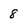
Character: 8